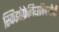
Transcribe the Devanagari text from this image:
स्किझोफ्रेनियाविषयीची